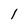
Character: l